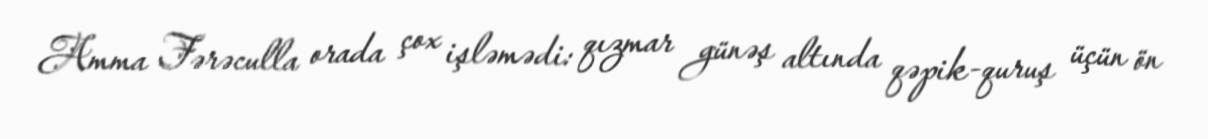
Amma Fərəculla orada çox işləmədi: qızmar günəş altında qəpik-quruş üçün ön